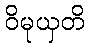
ဝိမုယှတိ